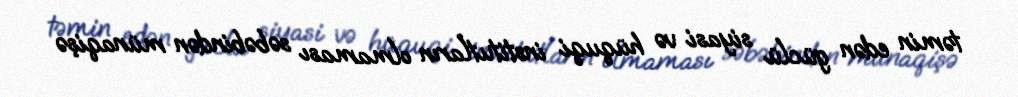
təmin edən güclü siyasi və hüquqi institutların olmaması səbəbindən münaqişə